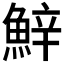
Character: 𩷔